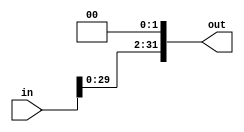
`timescale 1ns / 1ps
//////////////////////////////////////////////////////////////////////////////////
// Company: 
// Engineer: 
// 
// Design Name: 
// Module Name: ShiftLeft
// Project Name: 
// Target Devices: 
// Tool Versions: 
// Description: 
// 
// Dependencies: 
// 
// Revision:
// Revision 0.01 - File Created
// Additional Comments:
// 
//////////////////////////////////////////////////////////////////////////////////


module ShiftLeft(in, out);
    input [31:0] in;
    output reg [31:0] out;
    
    initial begin
        out <= 32'h00000000;
    end

    
    always @ (in) begin
        out <= in << 2;
    end

endmodule